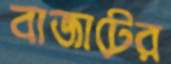
বাজাটের